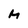
Character: h